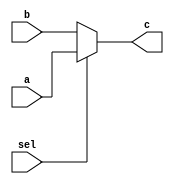
`timescale 1ns / 1ps
//////////////////////////////////////////////////////////////////////////////////
// Company: 
// Engineer: 
// 
// Design Name: 
// Module Name:    mux32_2_2 
// Project Name: 
// Target Devices: 
// Tool versions: 
// Description: 
//
// Dependencies: 
//
// Revision: 
// Revision 0.01 - File Created
// Additional Comments: 
//
//////////////////////////////////////////////////////////////////////////////////
module mux32_2_2(
    input [31:0] a,
    input [31:0] b,
    input sel,
    output [31:0] c
    );
	 assign c = (sel)?a:b;


endmodule